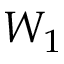
W _ { 1 }